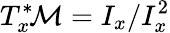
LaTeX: T_{x}^{*}\! {\mathcal{M}}=I_{x}/I_{x}^{2}